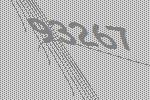
93267